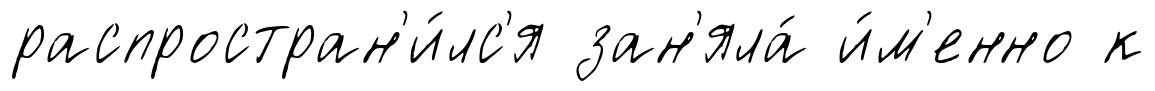
распростран'и́лс'я зан'яла́ и́м'енно к